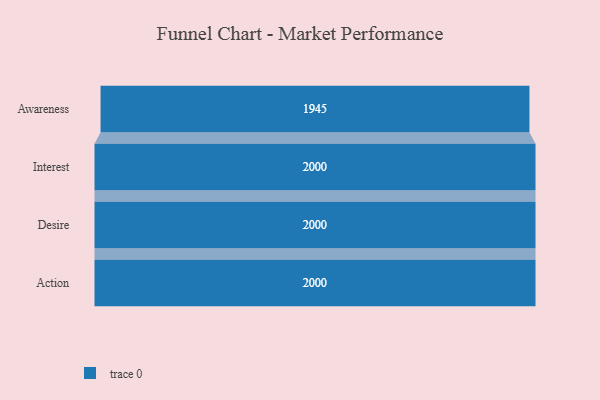
{"axis": {"x": "Stage", "y": "Value"}, "legend": [""], "data": [{"x": "Awareness", "y": 1945.0, "type": ""}, {"x": "Interest", "y": 2000, "type": ""}, {"x": "Desire", "y": 2000, "type": ""}, {"x": "Action", "y": 2000, "type": ""}]}